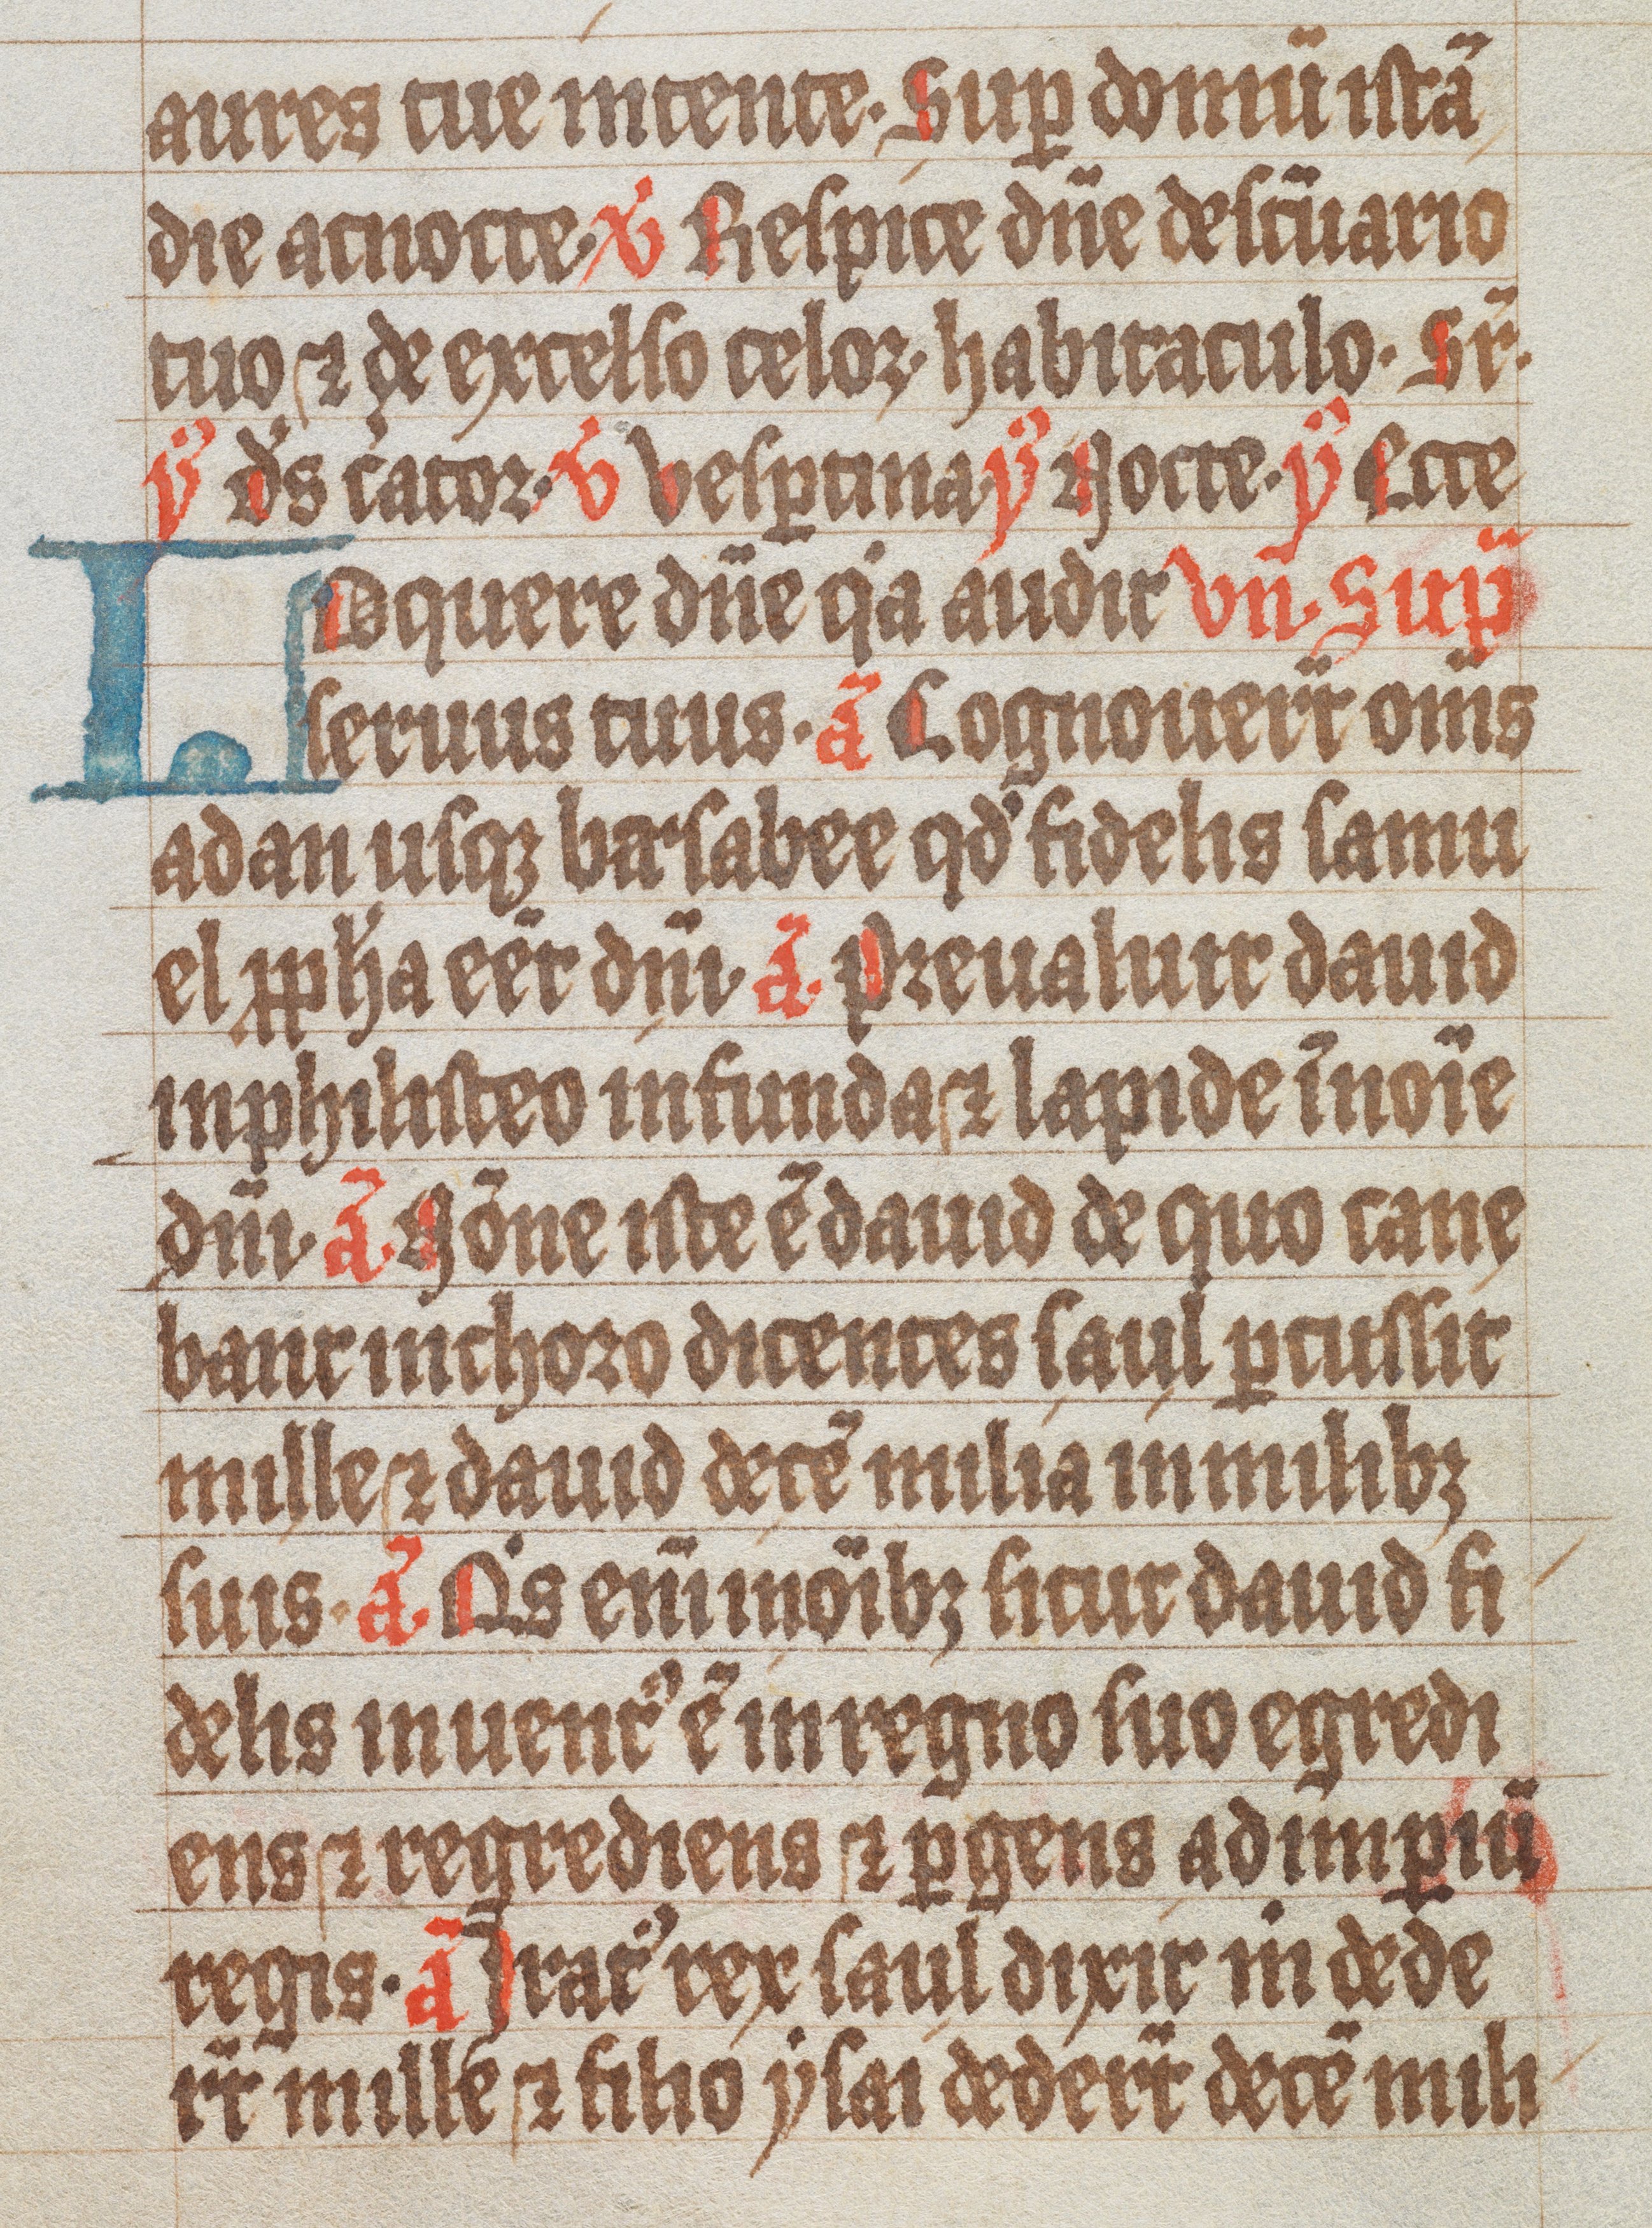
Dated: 1300–1499